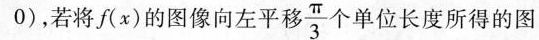
0)，若将(x)的图像向左平移 $$\frac{\pi}{3}$$ 个单位长度所得的图